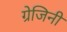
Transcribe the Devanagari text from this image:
ग्रेजिनी